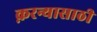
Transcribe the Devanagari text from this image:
क़रन्यासाठी